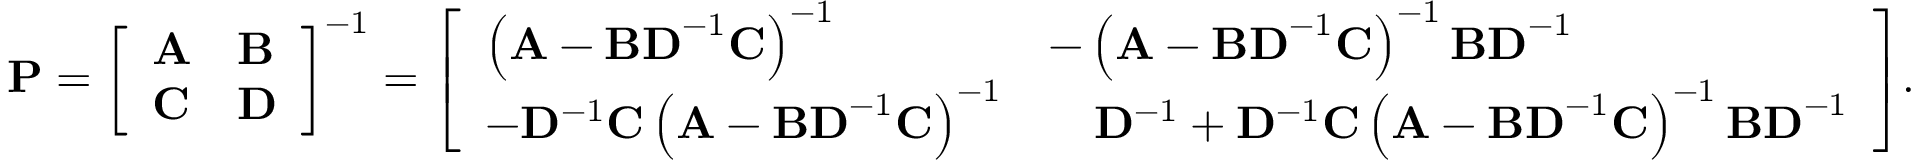
\mathbf { P } = { \left[ \begin{array} { l l } { \mathbf { A } } & { \mathbf { B } } \\ { \mathbf { C } } & { \mathbf { D } } \end{array} \right] } ^ { - 1 } = { \left[ \begin{array} { l l } { \left( \mathbf { A } - \mathbf { B D } ^ { - 1 } \mathbf { C } \right) ^ { - 1 } } & { - \left( \mathbf { A } - \mathbf { B D } ^ { - 1 } \mathbf { C } \right) ^ { - 1 } \mathbf { B D } ^ { - 1 } } \\ { - \mathbf { D } ^ { - 1 } \mathbf { C } \left( \mathbf { A } - \mathbf { B D } ^ { - 1 } \mathbf { C } \right) ^ { - 1 } } & { \quad \mathbf { D } ^ { - 1 } + \mathbf { D } ^ { - 1 } \mathbf { C } \left( \mathbf { A } - \mathbf { B D } ^ { - 1 } \mathbf { C } \right) ^ { - 1 } \mathbf { B D } ^ { - 1 } } \end{array} \right] } .